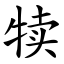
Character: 犊